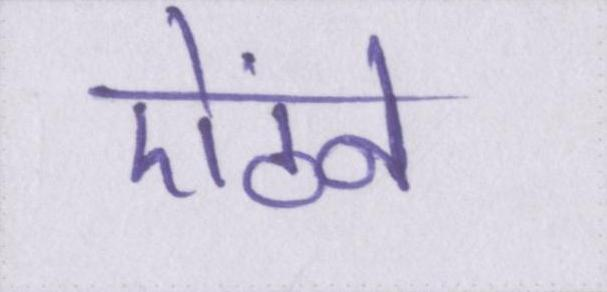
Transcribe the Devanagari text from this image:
ऐंठने